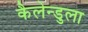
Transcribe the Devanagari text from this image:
कैलेन्डुला